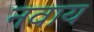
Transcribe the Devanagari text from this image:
नवाय